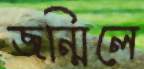
জন্মিলে